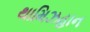
થામિઝહાન